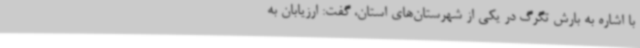
با اشاره به بارش تگرگ در یکی از شهرستان‌های استان، گفت: ارزیابان به